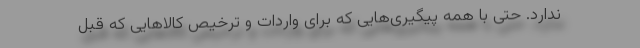
ندارد. حتی با همه پیگیری‌هایی که برای واردات و ترخیص کالاهایی که قبل